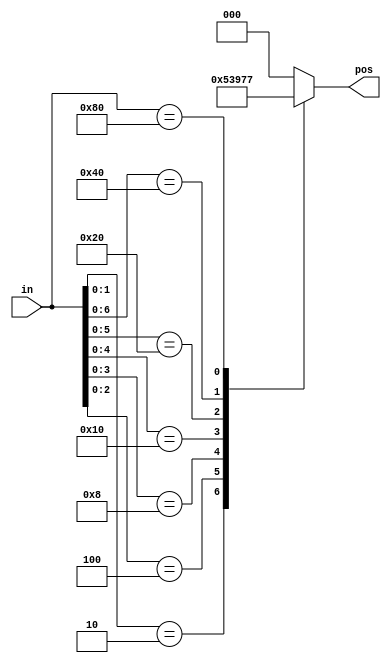
//
//
// https://hdlbits.01xz.net/wiki/Always_casez
//
//

`default_nettype none

// synthesis verilog_input_version verilog_2001
module top_module (
    input       [7:0]   in,
    output reg  [2:0]   pos
);

    always @(*) begin
        casez (in)
        8'bzzzz_zzz1 : pos = 3'd0;
        8'bzzzz_zz10 : pos = 3'd1;
        8'bzzzz_z100 : pos = 3'd2;
        8'bzzzz_1000 : pos = 3'd3;
        8'bzzz1_0000 : pos = 3'd4;
        8'bzz10_0000 : pos = 3'd5;
        8'bz100_0000 : pos = 3'd6;
        8'b1000_0000 : pos = 3'd7;
        default      : pos = 3'd0;
        endcase
    end

endmodule